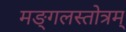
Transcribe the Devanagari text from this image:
मङ्गलस्तोत्रम्